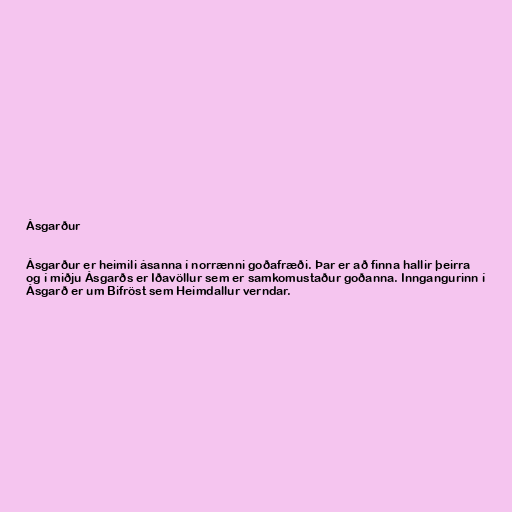
Ásgarður

Ásgarður er heimili ásanna í norrænni goðafræði. Þar er að finna hallir þeirra
og í miðju Ásgarðs er Iðavöllur sem er samkomustaður goðanna. Inngangurinn í
Ásgarð er um Bifröst sem Heimdallur verndar.